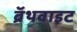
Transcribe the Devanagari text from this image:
ब्रॅथवाइट